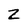
Character: z